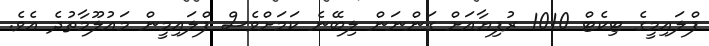
ފްލައިމީގެ ޓިކެޓް 1010 ރުފިޔާއަށް ގަންނަން ލިބޭނެ ކަމަށްވެސް ފްލައިމީން މައުލޫމާތުދެ އެވެ.